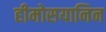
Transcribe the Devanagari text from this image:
हीमोसयानिन